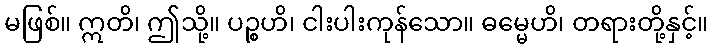
မဖြစ်။ ဣတိ၊ ဤသို့။ ပဉ္စဟိ၊ ငါးပါးကုန်သော။ ဓမ္မေဟိ၊ တရားတို့နှင့်။